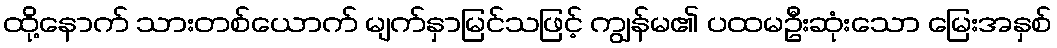
ထို့နောက် သားတစ်ယောက် မျက်နှာမြင်သဖြင့် ကျွန်မ၏ ပထမဦးဆုံးသော မြေးအနှစ်